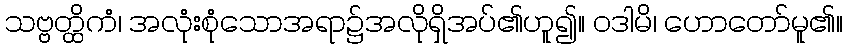
သဗ္ဗတ္ထိကံ၊ အလုံးစုံသောအရာ၌အလိုရှိအပ်၏ဟူ၍။ ဝဒါမိ၊ ဟောတော်မူ၏။